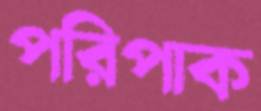
পরিপাক